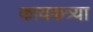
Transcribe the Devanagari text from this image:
कायकत्र्या